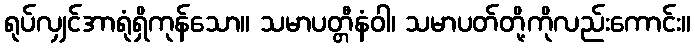
ရုပ်လျှင်အာရုံရှိကုန်သော။ သမာပတ္တီနံဝါ၊ သမာပတ်တို့ကိုလည်းကောင်း။